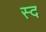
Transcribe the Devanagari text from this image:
स्द